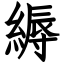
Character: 縟